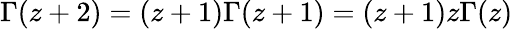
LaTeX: \Gamma(z+2)=(z+1)\Gamma(z+1)=(z+1)z\Gamma(z)